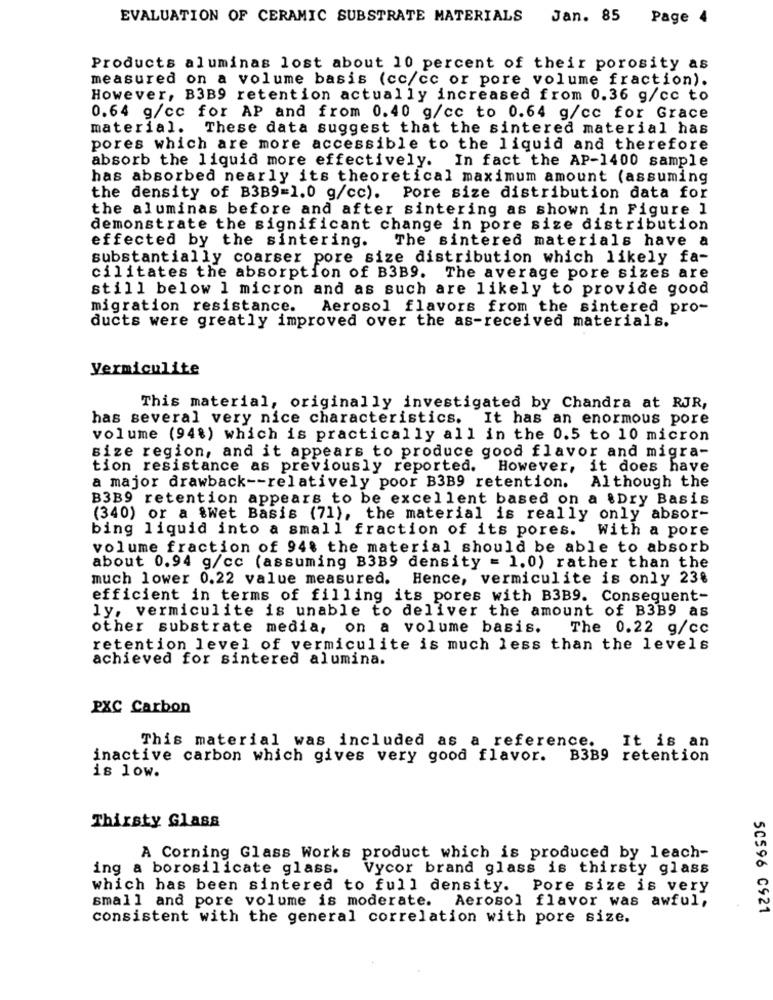
EVALUATION OF CERAMIC SUBSTRATE MATERIALS Jan. 85 Page 4
Products aluminas lost about 10 percent of their porosity as
measured on a volume basis (cc/cc or pore volume fraction).
However, B3B9 retention actually increased from 0.36 g/cc to
0.64 g/cc for AP and from 0.40 g/cc to 0.64 g/cc for Grace
material. These data suggest that the sintered material has
pores which are more accessible to the liquid and therefore
absorb the liquid more effectively. In fact the AP-1400 sample
has absorbed nearly its theoretical maximum amount (assuming
the density of B3B9=1.0 g/cc). Pore size distribution data for
the aluminas before and after sintering as shown in Figure 1
demonstrate the significant change in pore size distribution
effected by the sintering.
The sintered materials have a
substantially coarser pore size distribution which likely fa-
cilitates the absorption of B3B9.
The average pore sizes are
still below 1 micron and as such are likely to provide good
migration resistance.
Aerosol flavors from the sintered pro-
ducts were greatly improved over the as-received materials.
Vermiculite
This material, originally investigated by Chandra at RJR,
has several very nice characteristics. It has an enormous pore
volume (94%) which is practically all in the 0.5 to 10 micron
size region, and it appears to produce good flavor and migra-
tion resistance as previously reported. However, it does have
a major drawback -- relatively poor B3B9 retention.
Although the
B3B9 retention appears to be excellent based on a .Dry Basis
(340) or a &Wet Basis (71), the material is really only absor-
bing liquid into a small fraction of its pores. With a pore
volume fraction of 94% the material should be able to absorb
about 0.94 g/cc (assuming B3B9 density = 1.0) rather than the
much lower 0.22 value measured.
Hence, vermiculite is only 23%
efficient in terms of filling its pores with B3B9. Consequent-
ly, vermiculite is unable to deliver the amount of B3B9 as
other substrate media, on a volume basis. The 0.22 g/cc
retention level of vermiculite is much less than the levels
achieved for sintered alumina.
PXC Carbon
This material was included as a reference.
It is an
inactive carbon which gives very good flavor. B3B9 retention
is low.
Thirsty Glass
A Corning Glass Works product which is produced by leach-
ing a borosilicate glass.
Vycor brand glass is thirsty glass
which has been sintered to full density. Pore size is very
small and pore volume is moderate. Aerosol flavor was awful,
consistent with the general correlation with pore size.
50596 C921